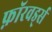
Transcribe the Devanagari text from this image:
फ़ॉरवर्ड्स